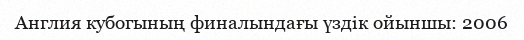
Англия кубогының финалындағы үздік ойыншы: 2006